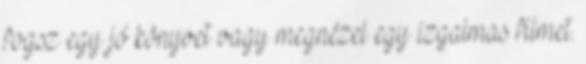
fogsz egy jó könyvet vagy megnézel egy izgalmas filmet.